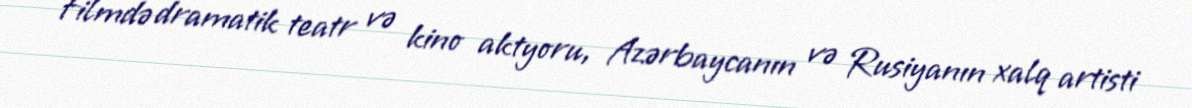
Filmdə dramatik teatr və kino aktyoru, Azərbaycanın və Rusiyanın xalq artisti